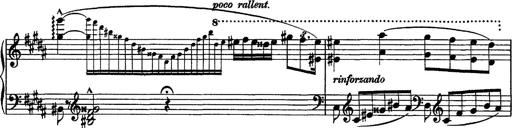
Title: Piano Sonata
Composer: Karl HÃ¤ssler
Key: C major